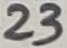
Text: 23